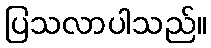
ပြသလာပါသည်။